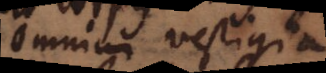
Omnium vestigia